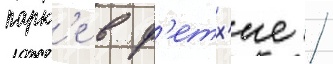
парк'е в ф'етх'ие /